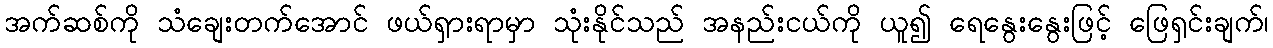
အက်ဆစ်ကို သံချေးတက်အောင် ဖယ်ရှားရာမှာ သုံးနိုင်သည် အနည်းငယ်ကို ယူ၍ ရေနွေးနွေးဖြင့် ဖြေရှင်းချက်၊